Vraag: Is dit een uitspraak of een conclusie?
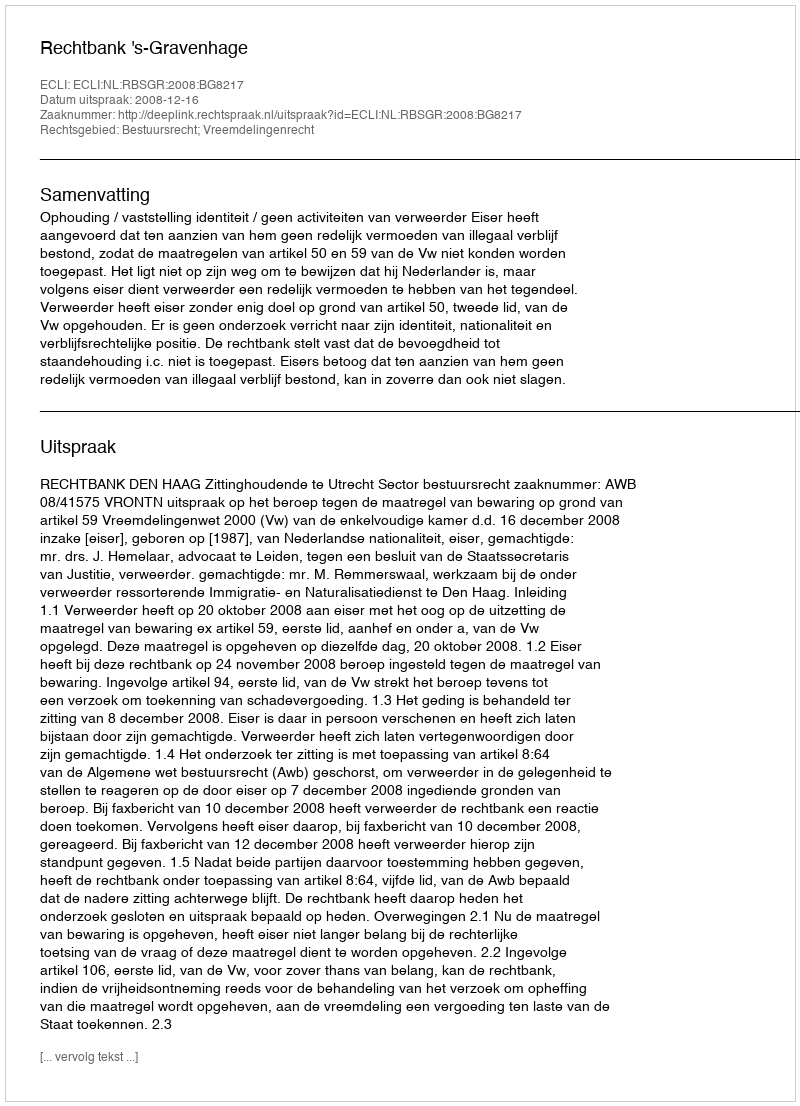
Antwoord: Uitspraak